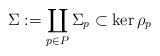
LaTeX: \begin{gather*} \Sigma := \coprod\limits_{p \in P} \Sigma_p \subset \ker \rho_{p} \end{gather*}